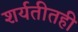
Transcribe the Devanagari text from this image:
शर्यतीतही